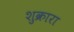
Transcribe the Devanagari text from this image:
शुक्रारा